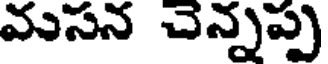
మసన చెన్నప్ప